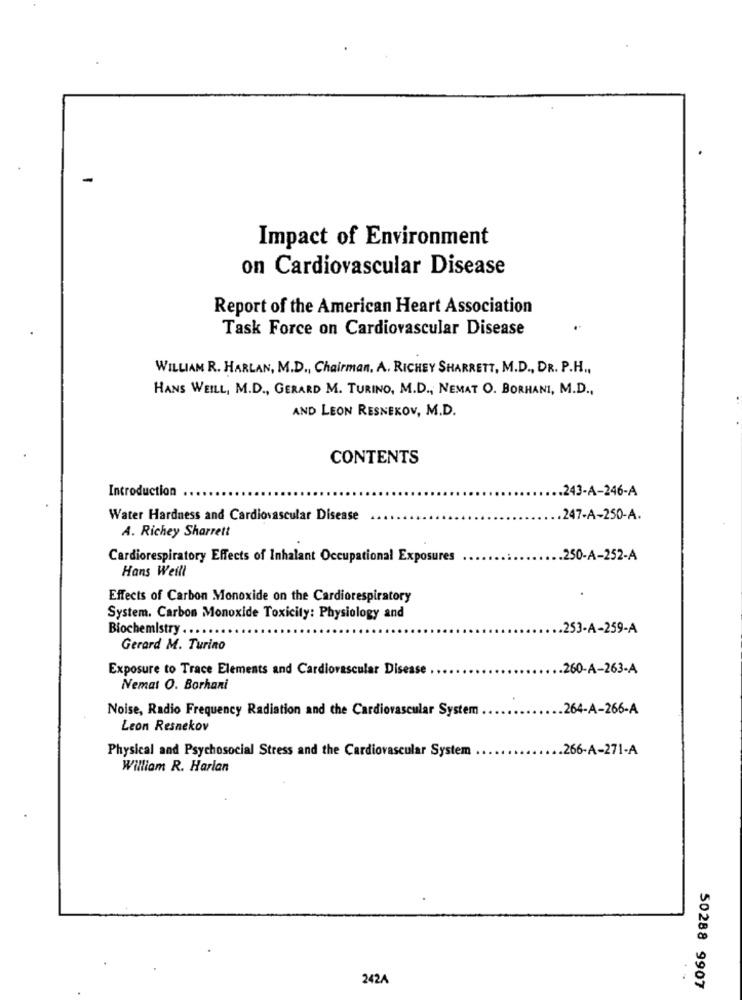
Impact of Environment
on Cardiovascular Disease
Report of the American Heart Association
Task Force on Cardiovascular Disease
WILLIAM R. HARLAN, M.D ., Chairman, A. RICHEY SHARRETT, M.D ., DR. P.H .,
HANS WEILL, M.D ., GERARD M. TURINO, M.D ., NEMAT O. BORHANI, M.D .,
AND LEON RESNEKOV, M.D.
CONTENTS
Introduction
.. 243-A-246-A
Water Hardness and Cardiovascular Disease
247-A-250-A.
A. Richey Sharrett
Cardiorespiratory Effects of Inhalant Occupational Exposures
.250-A-252-A
Hans Weill
Effects of Carbon Monoxide on the Cardiorespiratory
System. Carbon Monoxide Toxicity: Physiology and
Biochemistry .
.253-A-259-A
Gerard M. Turino
Exposure to Trace Elements and Cardiovascular Disease .
260-A-263-A
Nemat O. Borhani
Noise, Radio Frequency Radiation and the Cardiovascular System
.. 264-A-266-A
Leon Resnekov
Physical and Psychosocial Stress and the Cardiovascular System
266-A-271-A
William R. Harlan
242A
50288 9907